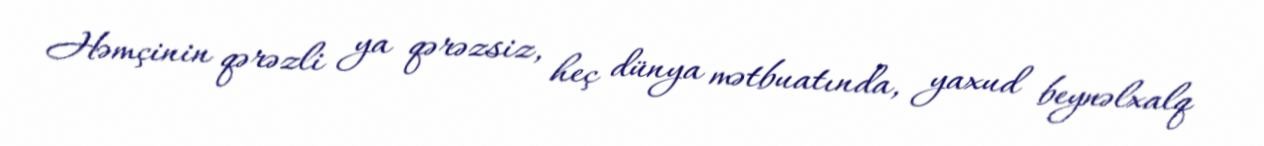
Həmçinin qərəzli ya qərəzsiz, heç dünya mətbuatında, yaxud beynəlxalq